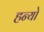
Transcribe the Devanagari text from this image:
हन्‍यो